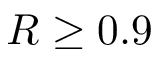
R \geq 0 . 9